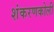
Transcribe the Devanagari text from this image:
शंकरणकोली